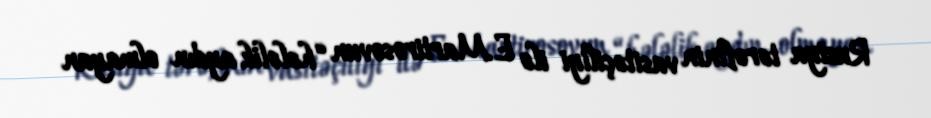
Rusiya tərəfinin vasitəçiliyi ilə E.Martirosovun “hələlik aydın olmayan